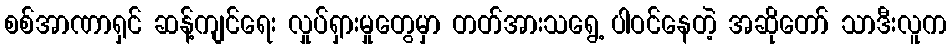
စစ်အာဏာရှင် ဆန့်ကျင်ရေး လှုပ်ရှားမှုတွေမှာ တတ်အားသရွေ့ ပါဝင်နေတဲ့ အဆိုတော် သာဒီးလူက